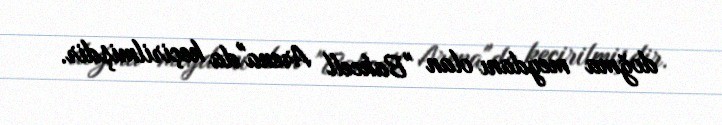
doğma meydanı olan "Bakcell Arena"da keçirilmişdir.